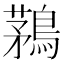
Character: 鶜